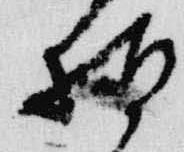
拍